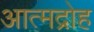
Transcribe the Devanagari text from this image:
आत्मद्रोह